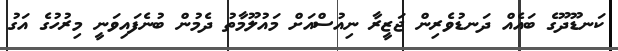
ކަނޑޫދޫގެ ބައެއް ދަނޑުވެރިން ޖަޒީރާ ނިއުސްއަށް މައުލޫމާތު ދެމުން ބުނެފައިވަނީ މިރުހުގެ އަގު